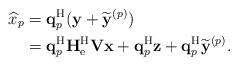
LaTeX: \begin{align*}\widehat{x}_p&=\mathbf{q}_p^{\mathrm{H}}(\mathbf{y}+\widetilde{\mathbf{y}}^{(p)})\\&=\mathbf{q}_p^{\mathrm{H}}\mathbf{H}_{\mathrm{e}}^{\mathrm{H}}\mathbf{V}\mathbf{x}+\mathbf{q}_p^{\mathrm{H}}\mathbf{z}+\mathbf{q}_p^{\mathrm{H}}\widetilde{\mathbf{y}}^{(p)}.\end{align*}